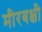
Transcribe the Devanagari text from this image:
मीरबक्षी